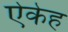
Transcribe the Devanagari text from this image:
ऐकेह